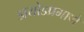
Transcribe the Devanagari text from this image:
डायोडप्रमाणे